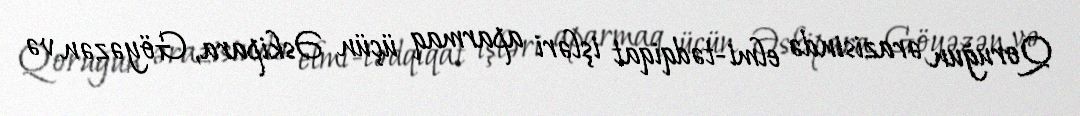
Qoruğun ərazisində elmi-tədqiqat işləri aparmaq üçün Əskipara, Göyəzən və